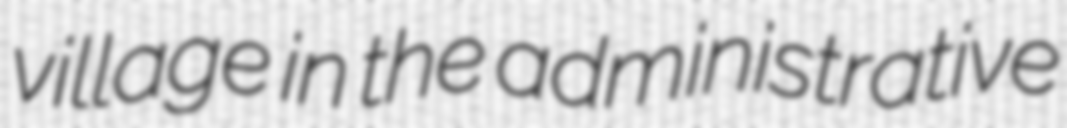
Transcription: village in the administrative